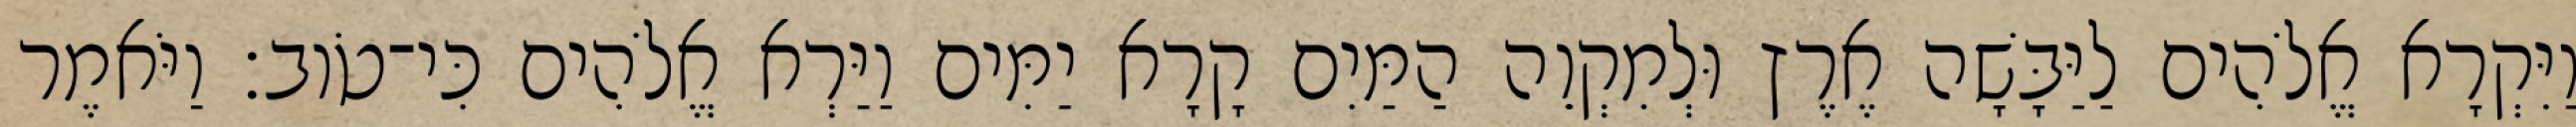
וַיִּקְרָא אֱלֹהִים לַיַּבָּשָׁה אֶרֶץ וּלְמִקְוֵה הַמַּיִם קָרָא יַמִּים וַיַּרְא אֱלֹהִים כִּי־טֹוב׃ וַיֹּאמֶר